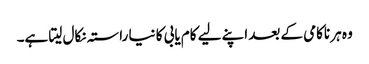
وہ ہر ناکامی کے بعد اپنے لیے کام یابی کا نیا راستہ نکال لیتا ہے۔